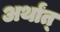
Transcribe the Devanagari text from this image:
अर्थांत्